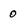
Character: 0